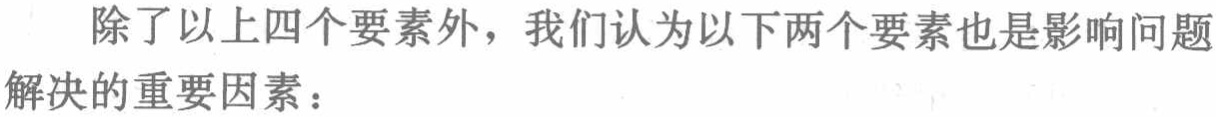
除了以上四个要素外，我们认为以下两个要素也是影响问题解决的重要因素：